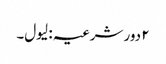
۲ دور شرعیہ : لیول۔